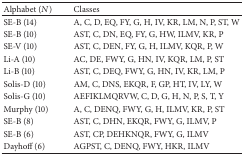
<table><thead><tr><td><b>Alphabet (<i>N</i>) </b></td><td><b>Classes </b></td></tr></thead><tbody><tr><td>SE-B (14) </td><td>A, C, D, EQ, FY, G, H, IV, KR, LM, N, P, ST, W </td></tr><tr><td>SE-B (10) </td><td>AST, C, DN, EQ, FY, G, HW, ILMV, KR, P </td></tr><tr><td>SE-V (10) </td><td>AST, C, DEN, FY, G, H, ILMV, KQR, P, W </td></tr><tr><td>Li-A (10) </td><td>AC, DE, FWY, G, HN, IV, KQR, LM, P, ST </td></tr><tr><td>Li-B (10) </td><td>AST, C, DEQ, FWY, G, HN, IV, KR, LM, P </td></tr><tr><td>Solis-D (10) </td><td>AM, C, DNS, EKQR, F, GP, HT, IV, LY, W </td></tr><tr><td>Solis-G (10) </td><td>AEFIKLMQRVW, C, D, G, H, N, P, S, T, Y </td></tr><tr><td>Murphy (10) </td><td>A, C, DENQ, FWY, G, H, ILMV, KR, P, ST </td></tr><tr><td>SE-B (8) </td><td>AST, C, DHN, EKQR, FWY, G, ILMV, P </td></tr><tr><td>SE-B (6) </td><td>AST, CP, DEHKNQR, FWY, G, ILMV </td></tr><tr><td>Dayhoff (6) </td><td>AGPST, C, DENQ, FWY, HKR, ILMV </td></tr></tbody></table>